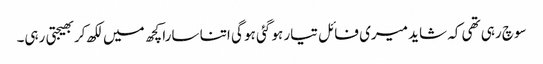
سوچ رہی تھی کہ شاید میری فائل تیار ہو گئی ہو گی اتنا سارا کچھ میں لکھ کربھیجتی رہی۔